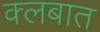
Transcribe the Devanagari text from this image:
क्लबात